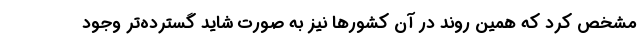
مشخص کرد که همین روند در آن کشورها نیز به صورت شاید گسترده‌تر وجود